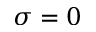
\sigma = 0